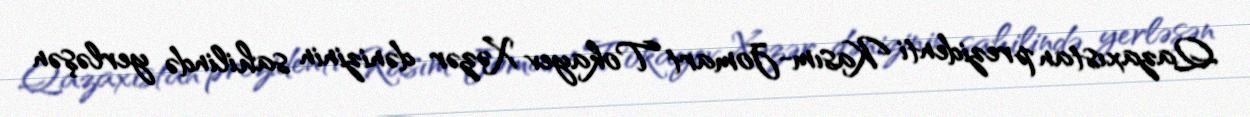
Qazaxıstan prezidenti Kasım-Jomart Tokayev Xəzər dənizinin sahilində yerləşən